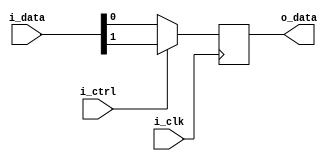
module mux(i_clk, i_data, i_ctrl, o_data);

input i_clk, i_ctrl;
input [1 : 0] i_data;
output reg o_data;

always @(posedge i_clk)begin
	if (i_ctrl)begin
		o_data <= i_data [1];
	end else o_data <= i_data [0];

end


endmodule